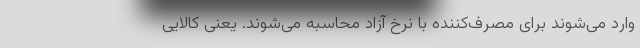
وارد می‌شوند برای مصرف‌کننده با نرخ آزاد محاسبه می‌شوند. یعنی کالایی